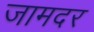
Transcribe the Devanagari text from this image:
जामदर